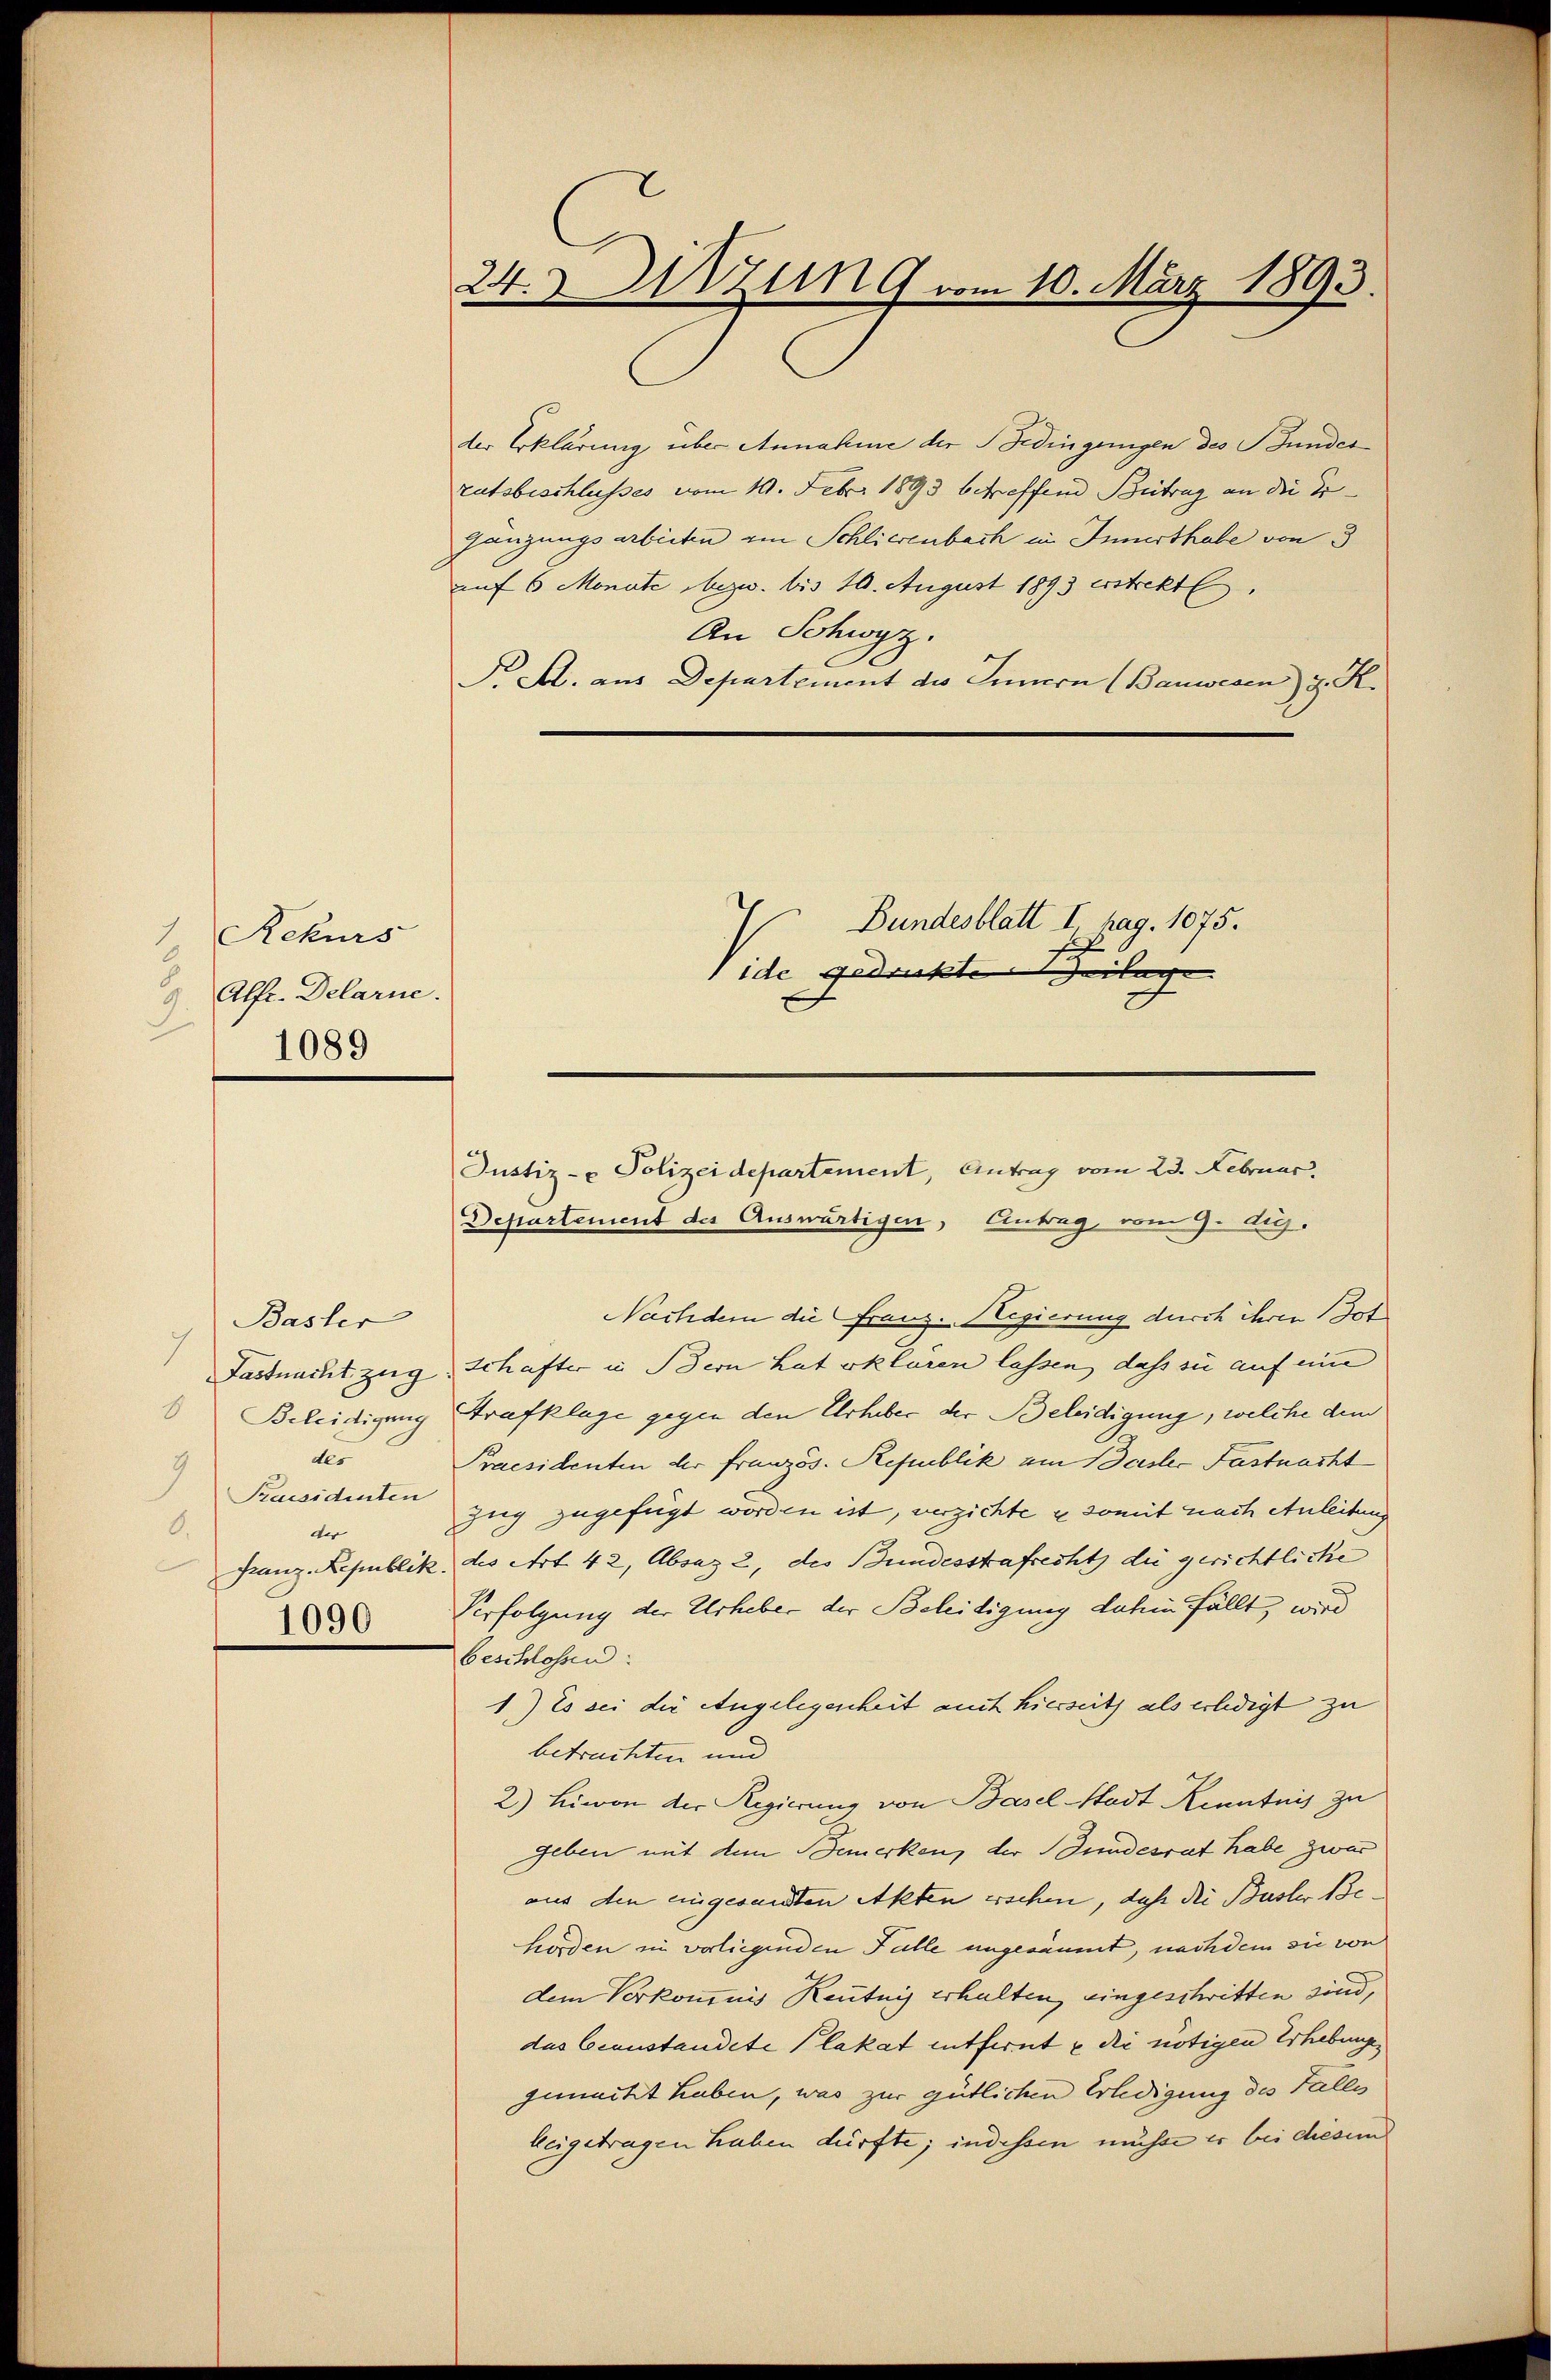
Rekurs
Alfe. Delarne.
1089

7
6
der
7
Praesidenten
6.
der
1090

Basler

der Erklärung über Annahme der Bedingungen des Bundes
rutsbeschlusses vom 19. Febr. 1893 betreffend Betrag an die Er¬
Gänzungsarbieten von Schlierenbach in Innerthabe von 3
auf 6 Monate bezw. bis 10. August 1893 erstrekt
An Schwyz.
P. A. aus Departement des Innern (Bauwesen) z. R.
Bundesblatt I pag. 1075.
ide gedruckte Beilage

Departement der Auswärtigen, Antrag vom 9. di
Nachdem die Franz. Regierung durch ihren Got
Fastnacht zug, Schafter in Bern hat erklären lassen, dass sie auf eine
Beleidigung Strafklage gegen den Urheber der Beleidigung, welche dem
Praesidenten der Französ. Republik am Basler Fastnacht
Zug zugefügt worden ist, verzichte e somit nach Anleiten
Franz. Republik des Art. 42, Absaz 2, des Bundesstrafrecht die gerichtliche
Verfolgung der Urheber der Beleidigung dahin fällt, wird
beschlossen:
1.) Es sei die Angelegenheit auch hierseits als erledigt zu
betrachten und
2) Limon der Regierung von Basel-Stadt Kenntnis zu
geben mit dem Bemerken, der Bundesrat habe zwar
aus den eingesandten Akten erschen, daß die Büster Behorden in vorliegenden Falle angesäumt, nachdem sie von
dem Verkomnis Reutnis erhalten, eingeschritten sind,
das Ecanstandete Plakat entfernt & die nötigen Erhebungen
gemacht haben, was zur gütlichen Erledigung des Falles
beigetragen haben dürfte; indessen müsse er bei diesem

24.Urzung vom 10. März 1893.

Justiz- & Polizeidepartement, Antrag vom 23. Februar.